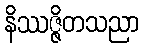
နိဿဇ္ဇိတသညာ